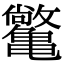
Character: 𫠝